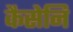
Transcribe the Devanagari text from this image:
कैसेनि